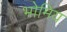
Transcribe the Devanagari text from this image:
भोमिय